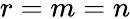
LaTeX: r=m=n